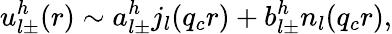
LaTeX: u_{l\pm}^{h}(r)\sim a_{l\pm}^{h}j_{l}(q_{c}r)+b_{l\pm}^{h}n_{l}(q_{c}r),